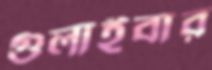
গুলাইবার